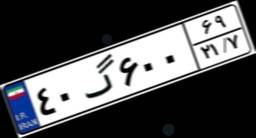
۴۴گ۵۳۵۵۶